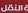
النةل